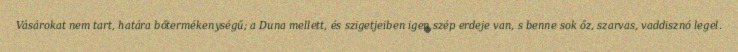
Vásárokat nem tart, határa bőtermékenységű; a Duna mellett, és szigetjeiben igen szép erdeje van, s benne sok őz, szarvas, vaddisznó legel.